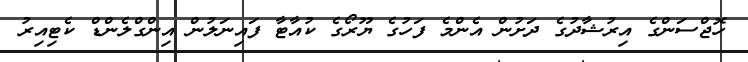
ހޮޖްސަންގެ އިރުޝާދުގެ ދަށުން އެންމެ ފަހުގެ ޔޫރޯގެ ކުއާޓާ ފައިނަލުން އިންގްލެންޑް ކެޓިއިރު